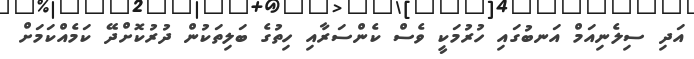
އަދި ސިލެނިއަމް އަނބުގައި ހުރުމަކީ ވެސް ކެންސަރާއި ހިތުގެ ބަލިތަކުން ދުރުކޮށްދޭ ކަމެއްކަމަށް